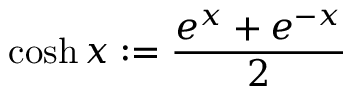
\cosh x : = { \frac { e ^ { x } + e ^ { - x } } { 2 } }